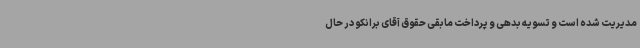
مدیریت شده است و تسویه بدهی و پرداخت مابقی حقوق آقای برانکو در حال